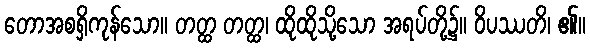
တောအစရှိကုန်သော။ တတ္ထ တတ္ထ၊ ထိုထိုသို့သော အရပ်တို့၌။ ဝိပဿတိ၊ ၏။